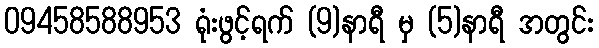
09458588953 ရုံးဖွင့်ရက် (9)နာရီ မှ (5)နာရီ အတွင်း